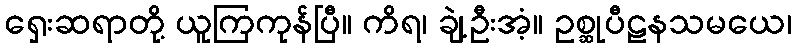
ရှေးဆရာတို့ ယူကြကုန်ပြီ။ ကိရ၊ ချဲ့ဦးအံ့။ ဥစ္ဆုပီဠနသမယေ၊